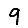
Digit: 9